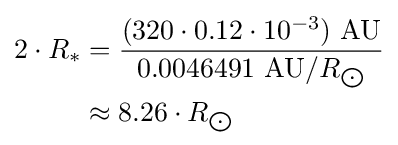
{\begin{aligned}2\cdot R_{*}&={\frac {(320\cdot 0.12\cdot 10^{-3})\ {\text{AU}}}{0.0046491\ {\text{AU}}/R_{\bigodot }}}\\&\approx 8.26\cdot R_{\bigodot }\end{aligned}}